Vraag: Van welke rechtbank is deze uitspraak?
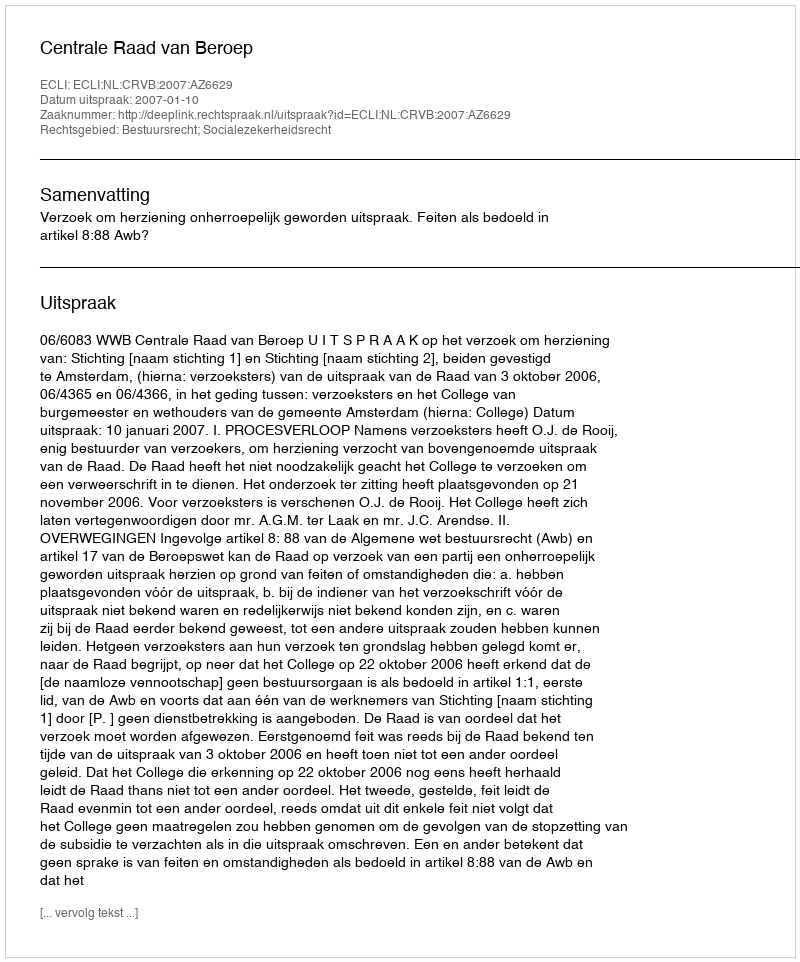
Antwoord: Centrale Raad van Beroep